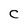
Character: C